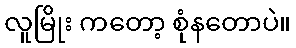
လူမြိုး ကတော့ စုံနတောပဲ။